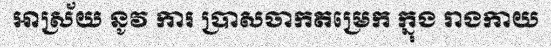
អាស្រ័យ នូវ ការ ប្រាសចាកតម្រេក ក្នុង រាងកាយ